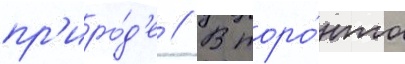
пр'иро́д'е // В торо́нто